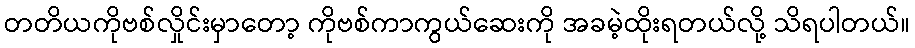
တတိယကိုဗစ်လှိုင်းမှာတော့ ကိုဗစ်ကာကွယ်ဆေးကို အခမဲ့ထိုးရတယ်လို့ သိရပါတယ်။